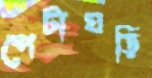
পেটাঘড়ি